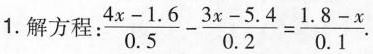
1.解方程：$$\frac{4x-1.6}{0.5}- \frac{3x-5.4}{0.2}= \frac{1.8-x}{0.1}$$ .